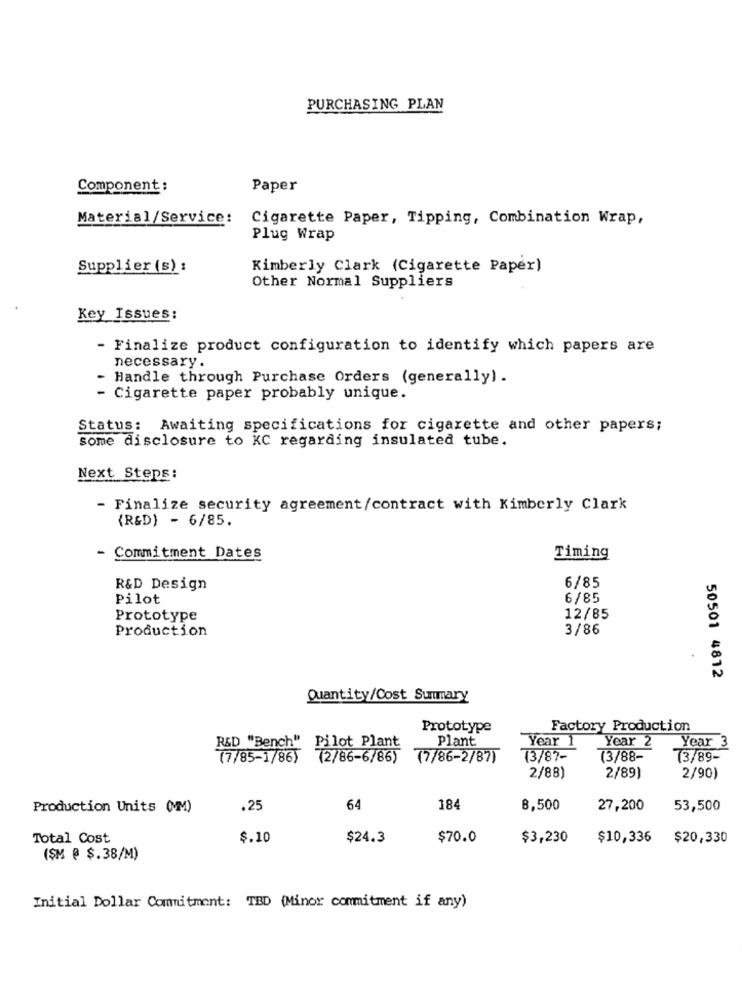
PURCHASING PLAN
Component :
Paper
Material/Service: Cigarette Paper, Tipping, Combination Wrap,
Plug Wrap
Supplier (s) :
Kimberly Clark (Cigarette Paper)
Other Normal Suppliers
Key Issues:
- Finalize product configuration to identify which papers are
necessary.
- Handle through Purchase Orders (generally) .
- Cigarette paper probably unique.
Status: Awaiting specifications for cigarette and other papers;
some disclosure to KC regarding insulated tube.
Next Steps:
- Finalize security agreement/contract with Kimberly Clark
{R&D) - 6/85.
- Commitment Dates
Timing
R&D Design
6/85
Pilot
6/85
Prototype
12/85
Production
3/86
50501 4812
Quantity/Cost Summary
Prototype
Factory Production
Plant
Year 1
Year 2
R&D "Bench" Pilot Plant
Year 3
(7/85-1/86)
(2/86-6/86)
77/86-2/87)
13/87-
(3/88-
73/89-
2/88)
2/89)
2/90)
Production Units (MM)
.25
64
184
8,500
27,200
53,500
Total Cost
$.10
$24.3
$70.0
$3,230
$10,336
$20,330
(SM @ $.38/M)
Initial Dollar Commitment: TED (Minor commitment if any)